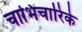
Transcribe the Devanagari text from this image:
चाभिचारिके